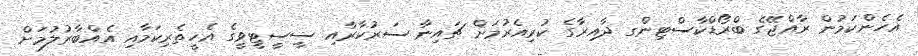
އެހެންކަމުން ރާއްޖޭގެ ބްރޯޑްކާސްޓިންގ ދާއިރާގެ ކުރިއެރުމަށް ޗައިނާ ސަރުކާރާއި ސީސީޓީވީގެ އެހީތެރިކަމާއި އެއްބާރުލުމަށް